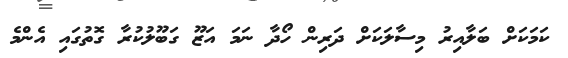
ކަމަކަށް ބަލާއިރު މިސާލަކަށް ދަރިން ހޯދާ ނަމަ އަޒޫ ގަބޫލުކުރާ ގޮތުގައި އެންމެ